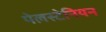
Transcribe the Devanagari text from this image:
पेलस्टेनियन